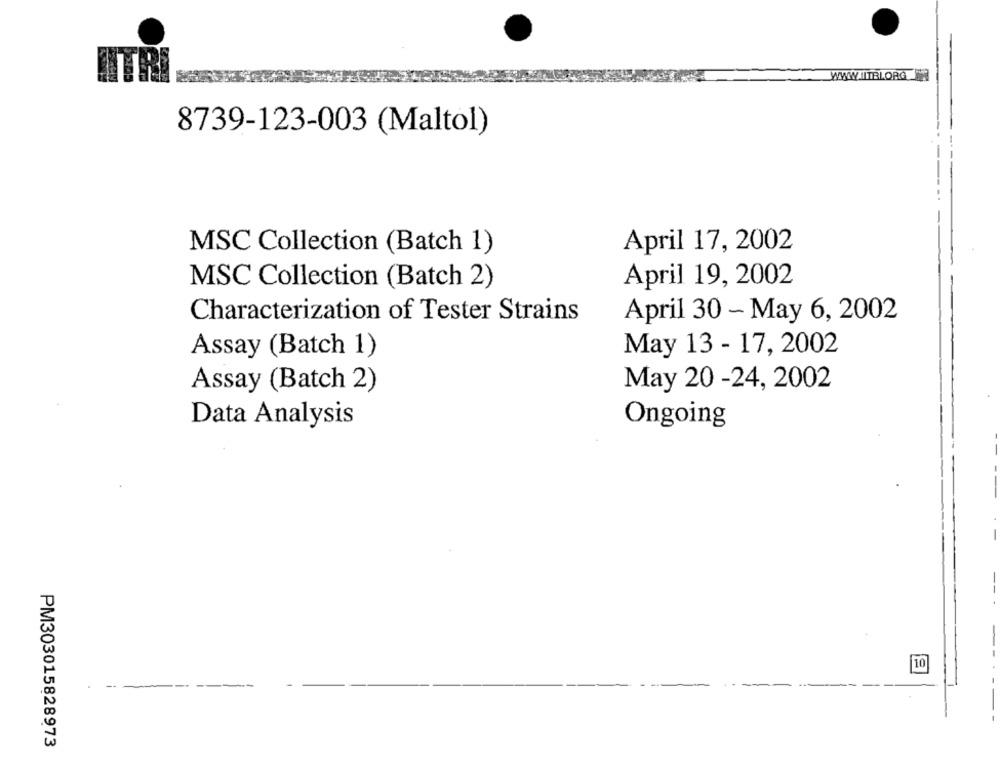
WWW.ITBLORG
8739-123-003 (Maltol)
MSC Collection (Batch 1)
April 17, 2002
April 19, 2002
MSC Collection (Batch 2)
Characterization of Tester Strains
April 30 - May 6, 2002
Assay (Batch 1)
May 13 - 17, 2002
Assay (Batch 2)
May 20 -24, 2002
Data Analysis
Ongoing
-
10
- -
PM303015828973